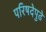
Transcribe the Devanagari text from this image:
परिषदेपुढे